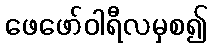
ဖေဖော်ဝါရီလမှစ၍